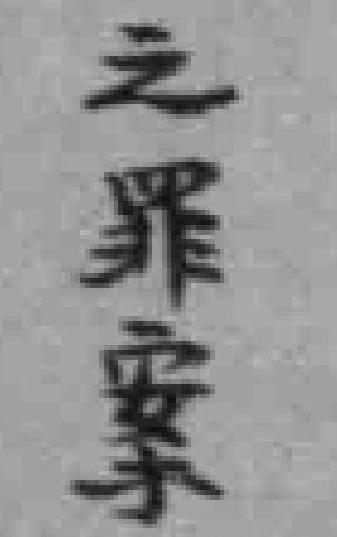
之罪案